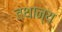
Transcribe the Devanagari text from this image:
तथान्य